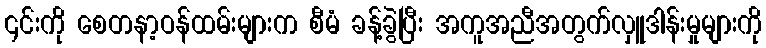
၎င်းကို စေတနာ့ဝန်ထမ်းများက စီမံ ခန့်ခွဲပြီး အကူအညီအတွက်လှူဒါန်းမှုများကို